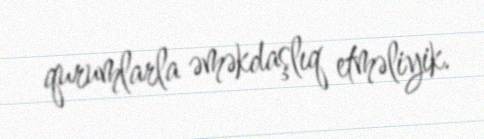
qurumlarla əməkdaşlıq etməliyik.